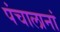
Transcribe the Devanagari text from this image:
पंचालानां